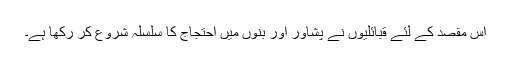
اس مقصد کے لئے قبائلیوں نے پشاور اور بنوں میں احتجاج کا سلسلہ شروع کر رکھا ہے۔